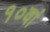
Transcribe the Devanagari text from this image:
१०वां